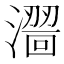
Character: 𣿠